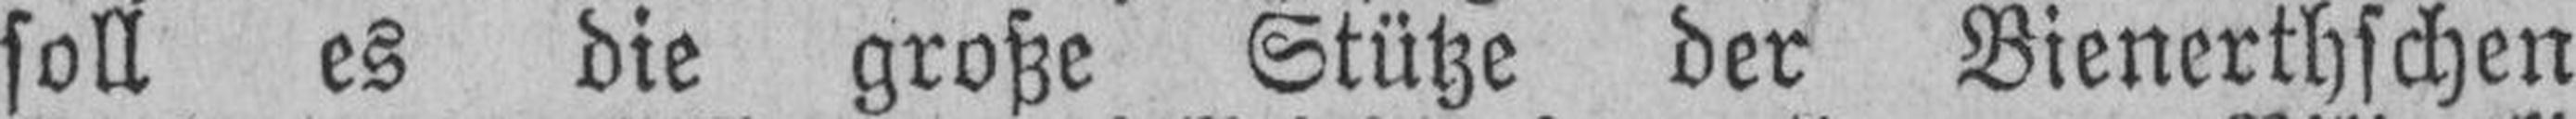
soll es die große Stütze der Bienerthschen